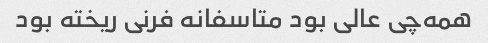
همه‌چی عالی بود متاسفانه فرنی ریخته بود